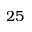
2 5